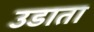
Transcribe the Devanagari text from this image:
उडाता